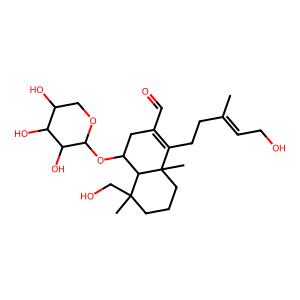
SMILES: CC(=CCO)CCC1=C(C=O)CC(OC2OCC(O)C(O)C2O)C2C(C)(CO)CCCC12C
Inhibits HIV replication: No